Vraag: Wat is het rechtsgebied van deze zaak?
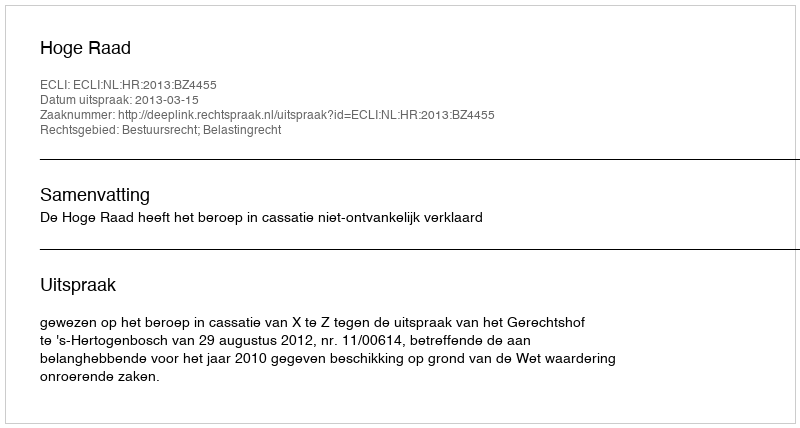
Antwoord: Bestuursrecht; Belastingrecht